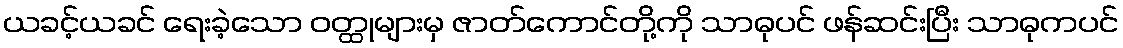
ယခင့်ယခင် ရေးခဲ့သော ဝတ္ထုများမှ ဇာတ်ကောင်တို့ကို သာဓုပင် ဖန်ဆင်းပြီး သာဓုကပင်